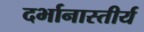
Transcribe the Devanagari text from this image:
दर्भानास्तीर्य